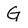
Character: G